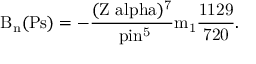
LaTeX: \mathrm { \Delta B _ { n } ( P s ) = - \frac { ( Z \ a l p h a ) ^ { 7 } } { \ p i n ^ { 5 } } m _ { 1 } \frac { 1 1 2 9 } { 7 2 0 } . }